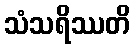
သံသရိဿတိ